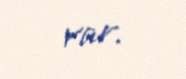
var.